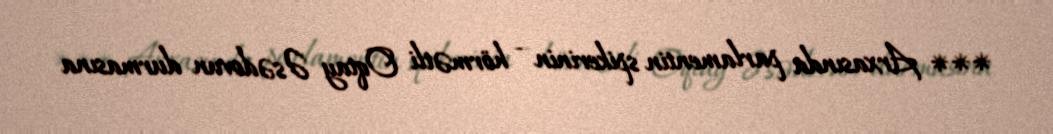
*** Arxasında parlamentin spikerinin - hörmətli Oqtay Əsədovun durmasına